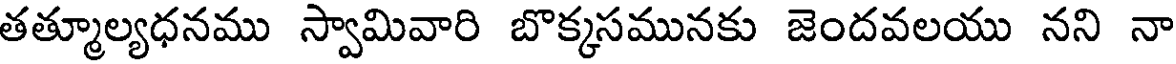
తత్మూల్యధనము స్వామివారి బొక్కసమునకు జెందవలయు నని నా